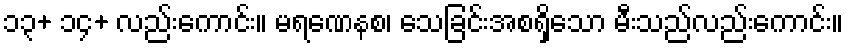
၁၃+ ၁၄+ လည်းကောင်း။ မရဏေနစ၊ သေခြင်းအစရှိသော မီးသည်လည်းကောင်း။